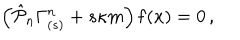
\left( \hat { { \cal P } } _ { n } \Gamma _ { ( s ) } ^ { n } + s \kappa m \right) { \bf f } ( x ) = 0 \, ,